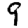
Digit: 9